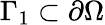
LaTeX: \Gamma_{1}\subset\partial\Omega